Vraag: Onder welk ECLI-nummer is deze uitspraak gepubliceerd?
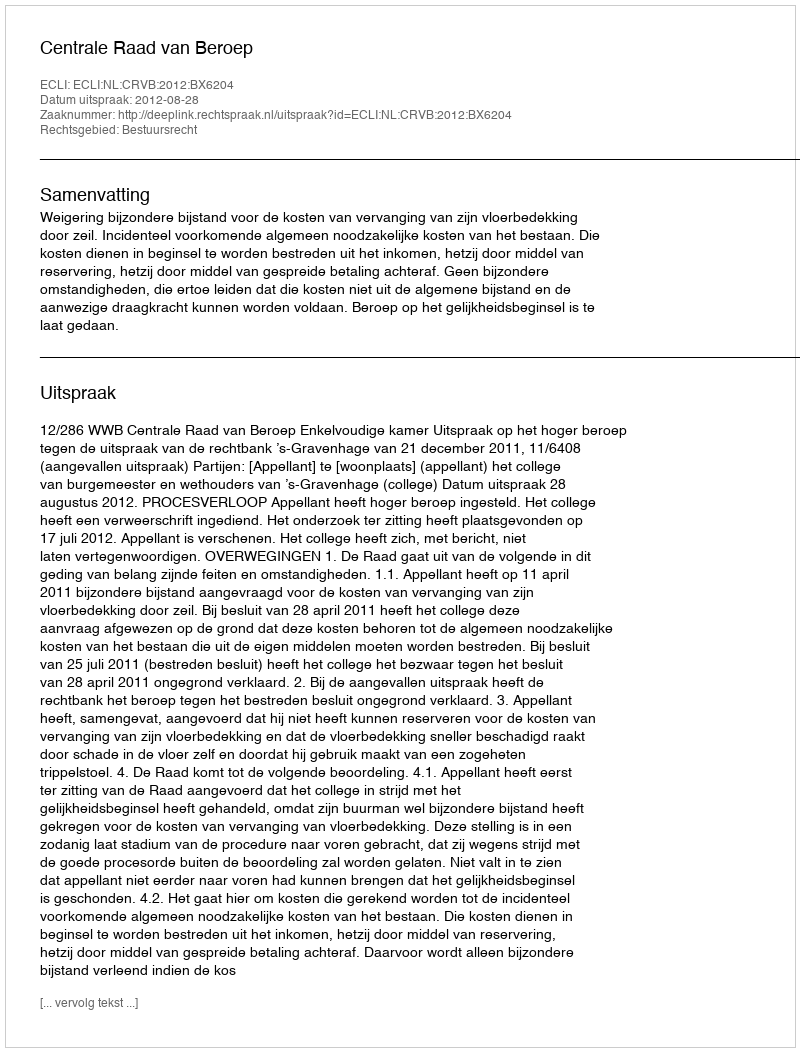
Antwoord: ECLI:NL:CRVB:2012:BX6204